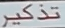
تذكر